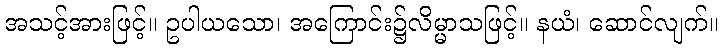
အသင့်အားဖြင့်။ ဥပါယသော၊ အကြောင်း၌လိမ္မာသဖြင့်။ နယံ၊ ဆောင်လျက်။